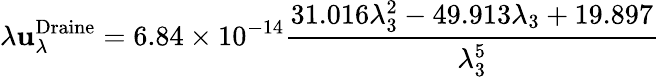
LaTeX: \lambda\mathbf{u}_{\lambda}^{\mathrm{{{Draine}}}}=6.84\times10^{-14}\frac{{31.016\lambda_{3}^{2}-49.913\lambda_{3}+19.897}}{{\lambda_{3}^{5}}}